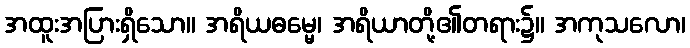
အထူးအပြားရှိသော။ အရိယဓမ္မေ၊ အရိယာတို့၏တရား၌။ အကုသလော၊